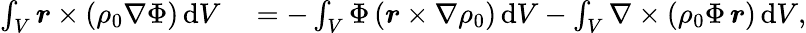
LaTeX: \begin{array}{rl}{\int_{V}\boldsymbol{r}\times(\rho_{0}\nabla\Phi)\, \mathrm{d}V}&{{}=-\int_{V}\Phi\, (\boldsymbol{r}\times\nabla\rho_{0})\, \mathrm{d}V-\int_{V}\nabla\times\left(\rho_{0}\Phi\, \boldsymbol{r}\right)\, \mathrm{d}V,}\end{array}